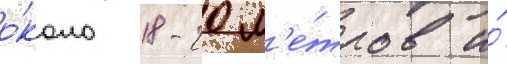
о́коло 18-20 м'е́тров и́